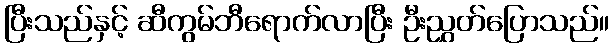
ပြီးသည်နှင့် ဆီကွမ်ဘီရောက်လာပြီး ဦးညွှတ်ပြောသည်။